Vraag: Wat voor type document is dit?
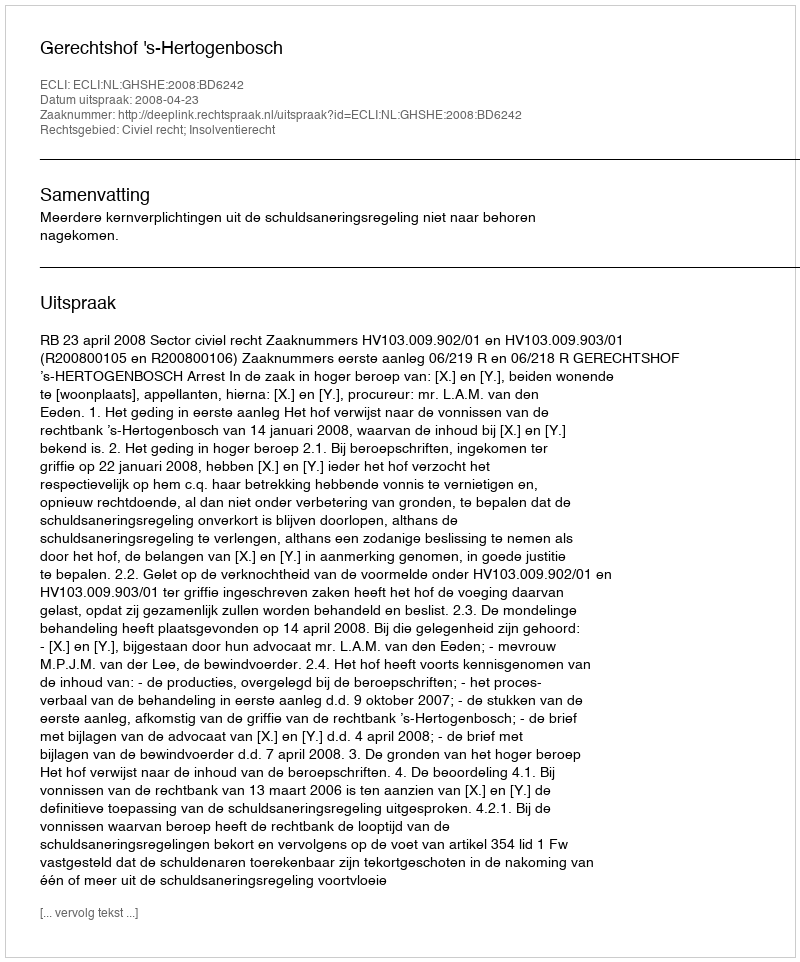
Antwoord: Uitspraak